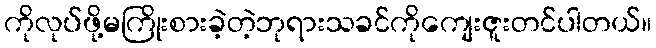
ကိုလုပ်ဖို့မကြိုးစားခဲ့တဲ့ဘုရားသခင်ကိုကျေးဇူးတင်ပါတယ်။